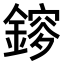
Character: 𨫂